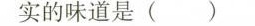
实的味道是( )